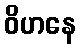
ဝိဟနေ